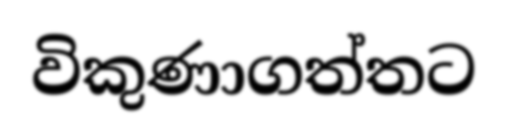
විකුණාගත්තට